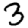
Digit: 3